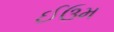
ઈઉમ